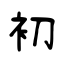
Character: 初